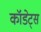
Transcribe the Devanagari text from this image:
कॉडेट्स